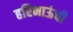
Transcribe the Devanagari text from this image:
हरिभाऊंची